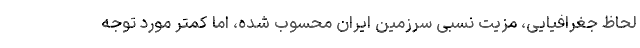
لحاظ جغرافیایی، مزیت نسبی سرزمین ایران محسوب شده، اما کمتر مورد توجه